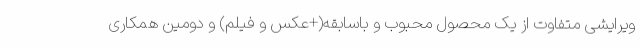
ویرایشی متفاوت از یک محصول محبوب و باسابقه(+عکس و فیلم) و دومین همکاری